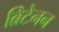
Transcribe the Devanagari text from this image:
ब्रिटेनन